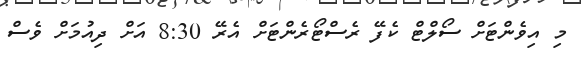
މި އިވެންޓަށް ސޯލްޓް ކެފޭ ރެސްޓޯރެންޓަށް އެރޭ 8:30 އަށް ދިއުމަށް ވެސް